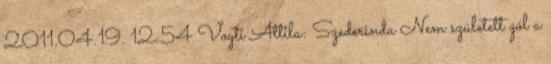
2011.04.19. 12:54 Voyti Attila: Szederinda Nem született gól a